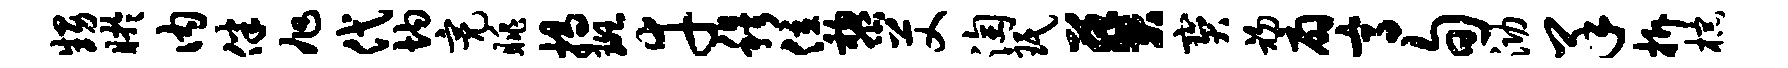
甥盱内伴旭代均亮眺揭斑幸穆位黎艾淘珉葵宝初扇高旬泐羊拆棕